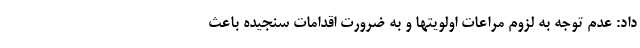
داد: عدم توجه به لزوم مراعات اولویتها و به ضرورت اقدامات سنجیده باعث